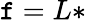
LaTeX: \mathtt{f}=L*